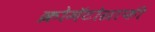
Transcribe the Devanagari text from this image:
क्रोमॅटोग्राफी